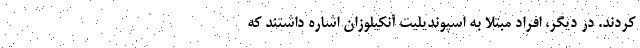
کردند. در دیگر، افراد مبتلا به اسپوندیلیت آنکیلوزان اشاره داشتند که